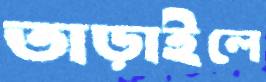
তাড়াইলে